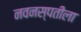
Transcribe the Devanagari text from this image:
नवनस्पतीला